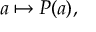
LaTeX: a \mapsto P ( a ) ,